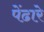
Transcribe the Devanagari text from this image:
पेंढारे